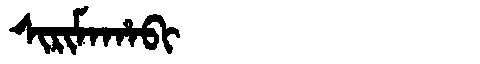
Manchu: ᠰᡳᡵᡳᠮᠠᡥᠠᠪᡳ
Romanization: SIRIMAHABI